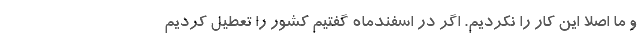
و ما اصلا این کار را نکردیم. اگر در اسفندماه گفتیم کشور را تعطیل کردیم